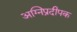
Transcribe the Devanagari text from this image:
अग्निप्रदीपक